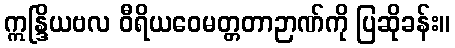
ဣန္ဒြိယဗလ ဝီရိယဝေမတ္တတာဉာဏ်ကို ပြဆိုခန်း။